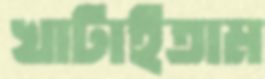
খাটাইতাম